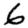
Digit: 6